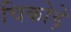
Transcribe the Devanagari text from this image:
चिकोड़े